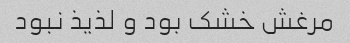
مرغش خشک بود و لذیذ نبود